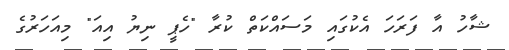
ޝާހު އާ ފަރަހަ އެކުގައި މަސައްކަތް ކުރާ "ހެޕީ ނިޔު އިއަ" މިއަހަރުގެ